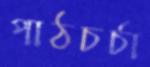
পাঠচর্চা